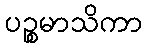
ပဉ္စမာသိကာ